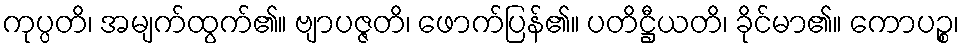
ကုပ္ပတိ၊ အမျက်ထွက်၏။ ဗျာပဇ္ဇတိ၊ ဖောက်ပြန်၏။ ပတိဋ္ဌီယတိ၊ ခိုင်မာ၏။ ကောပဉ္စ၊